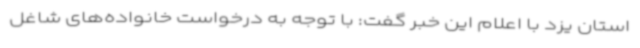
استان یزد با اعلام این خبر گفت: با توجه به درخواست خانواده‌های شاغل